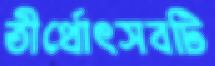
তীর্থোৎসবটি